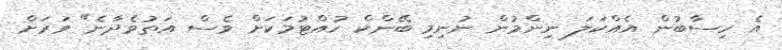
އެ ހިސާބުން އެއްކަލަ ނިންމުން ނުނިމި ބޭންކް ހުއްޓުމަކަށް ވެސް އަތުވެދާނެ" ވަރަށް